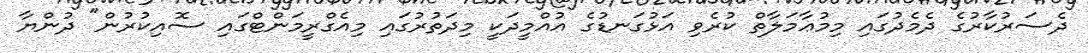
ދެސަރުކާރުގެ ދެމެދުގައި މިމުޢާމަލާތް ކުރެވި އަޅުގަނޑުގެ އުއްމީދަކީ މިދަތުރުގައި މިއެގްރީމަންޓްގައި ސޮއިކުރުން" ދުންޔާ